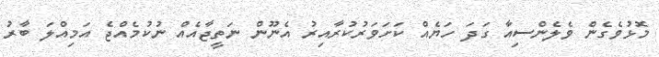
މޮޅުވެގެން ވެލެންސިއާ ގަދަ ހަޔެއް ކަށަވަރުކުރާއިރު އެނޫން ނަތީޖާއެއް ނުކުމެއްޖެ އަމިއްލަ ބާރު